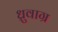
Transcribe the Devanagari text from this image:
ध्रुवाग्र